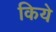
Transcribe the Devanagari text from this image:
किये